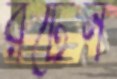
রটেন